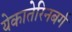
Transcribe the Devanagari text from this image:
येकातेरिनबर्ग